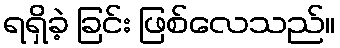
ရရှိခဲ့ ခြင်း ဖြစ်လေသည်။